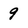
Character: 9